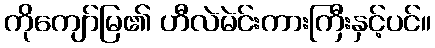
ကိုကျော်မြ၏ ဟီလဲမဲင်းကားကြီးနှင့်ပင်။